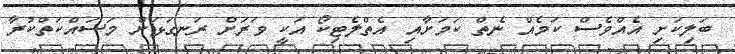
ބަލިކަށި އެއްވެސް ކަމެއް ނެތް ކަމަށާއި އެތްލެޓިކޯ އަކީ ވަރަށް ރަނގަޅަށް މަސައްކަތްކުރާ